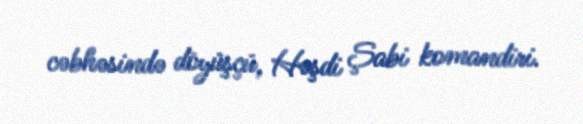
cəbhəsində döyüşçü, Həşdi Şabi komandiri.